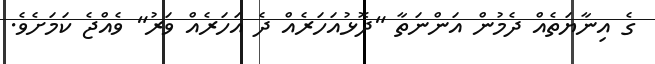
ގެ އިނާޔަތެއް ދެމުން އަންނަތާ "ދޮޅުއަހަރެއް ދެ އަހަރެއް ވަރު" ވެއްޖެ ކަމަށެވެ.